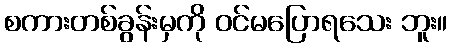
စကားတစ်ခွန်းမှကို ဝင်မပြောရသေး ဘူး။